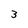
Character: 3